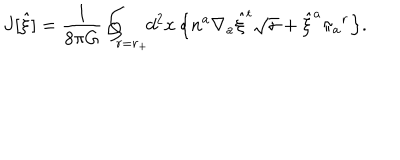
LaTeX: J [ { \hat { \xi } } ] = { \frac { 1 } { 8 \pi G } } \oint _ { r = r _ { + } } \! \! d ^ { 2 } x \, \Bigl \{ n ^ { a } \nabla _ { a } { \hat { \xi } } ^ { t } \sqrt { \sigma } + { \hat { \xi } } ^ { a } \pi _ { a } { } ^ { r } \Bigr \} .